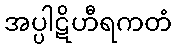
အပ္ပါဋိဟီရကတံ